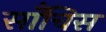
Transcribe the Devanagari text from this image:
साँचिस